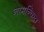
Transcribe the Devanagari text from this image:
नामन्कित